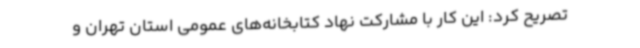
تصریح کرد: این کار با مشارکت نهاد کتابخانه‌های عمومی استان تهران و